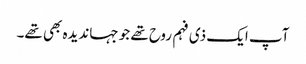
آپ ایک ذی فہم روح تھے جو جہاندیدہ بھی تھے۔